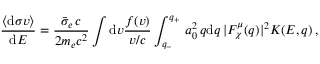
\frac { \langle \mathrm { d } \sigma v \rangle } { \mathrm { d } E } = \frac { \bar { \sigma } _ { e } \, c } { 2 m _ { e } c ^ { 2 } } \int \mathrm { d } v \frac { f { ( v ) } } { v / c } \int _ { q _ { - } } ^ { q _ { + } } \, a _ { 0 } ^ { 2 } \, q \mathrm { d } q \, | F _ { \chi } ^ { \mu } { ( q ) } | ^ { 2 } K { ( E , q ) } \, ,